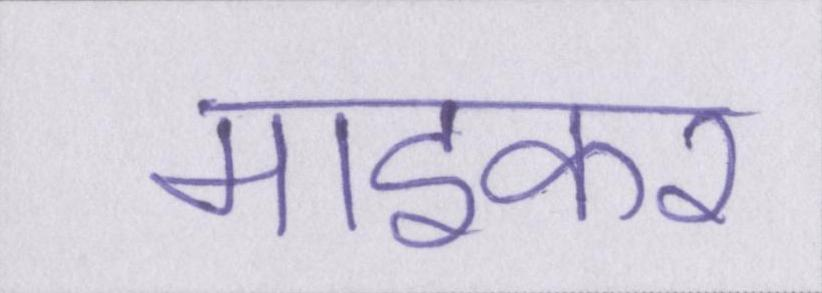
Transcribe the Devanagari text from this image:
माइकर